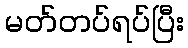
မတ်တပ်ရပ်ပြီး